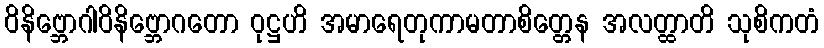
ဝိနိဗ္ဘောဂါဝိနိဗ္ဘောဂတော ဝုဋ္ဌဟိ အမာရေတုကာမတာစိတ္တေန အလတ္ထာတိ သုစိကတံ